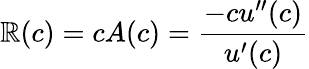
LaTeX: \mathbb{R}(c)=cA(c)={\frac{{-cu^{\prime\prime}(c)}}{{u^{\prime}(c)}}}